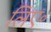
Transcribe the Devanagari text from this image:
लिए॰